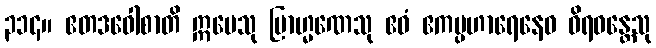
၃၁၄။ ဧတဒဝေါစာတိ ဣမေသု ဗြာဟ္မဏေသု ဧဝံ ဧကပ္ပဟာရေနေဝ ဝိရဝန္တေသု